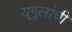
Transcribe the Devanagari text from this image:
युगुलांची